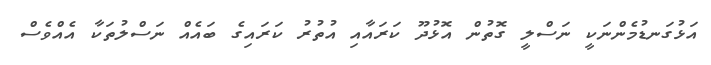
އަޅުގަނޑުމެންނަކީ ނަސްލީ ގޮތުން އޮޅުދޫ ކަރައާއި އުތުރު ކަރައިގެ ބައެއް ނަސްލުތަކާ އެއްވެސް